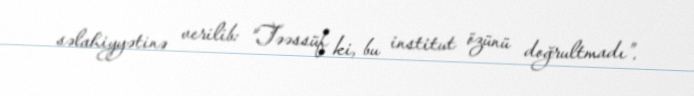
səlahiyyətinə verilib: “Təəssüf ki, bu institut özünü doğrultmadı”.